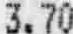
3.70